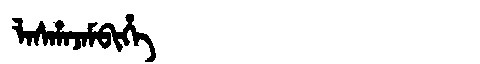
Manchu: ᠯᠠᠰᡥᠠᠵᠠᠮᠪᡳᡥᡝ
Romanization: LASHAJAMBIHE